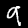
Digit: 9